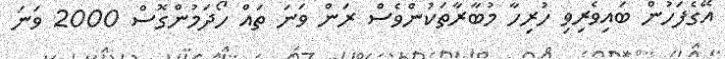
އޭގެފަހުން ބައިވެރިވި ހުރިހާ މުބާރާތަކުންވެސް ރަން ވަނަ ތައް ހޯދަމުންގޮސް 2000 ވަނަ